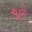
ચૂતો